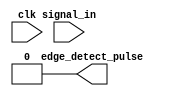
module edge_detector #(
    parameter width = 1
)(
    input clk,
    input [width-1:0] signal_in,
    output [width-1:0] edge_detect_pulse
);

    // This module takes a vector of 1-bit signals as input and outputs a vector of 1-bit signals. For each input signal
    // this module will look for a low to high (0->1) logic transition, and should then output a 1 clock cycle wide pulse
    // for that signal.
    // Remove this line once you have implemented this module.
    assign edge_detect_pulse = 0;
endmodule